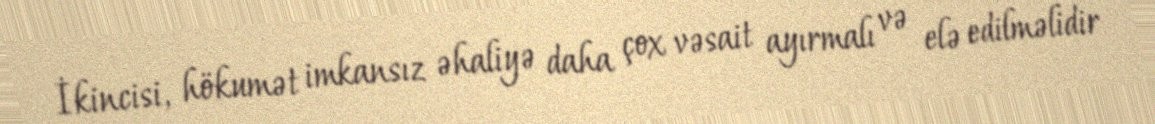
İkincisi, hökumət imkansız əhaliyə daha çox vəsait ayırmalı və elə edilməlidir